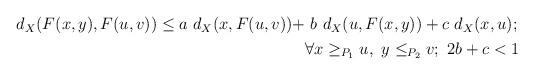
LaTeX: \begin{align*}\begin{aligned}d_X(F(x,y),F(u,v))\leq a\ d_X(x,F(u,v))+ &\ b\ d_X(u, F(x,y))+c\ d_X(x,u);\\& \forall x\geq_{P_1}u,\ y\leq_{P_2}v;\ 2b+c<1\end{aligned}\end{align*}